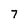
Character: 7